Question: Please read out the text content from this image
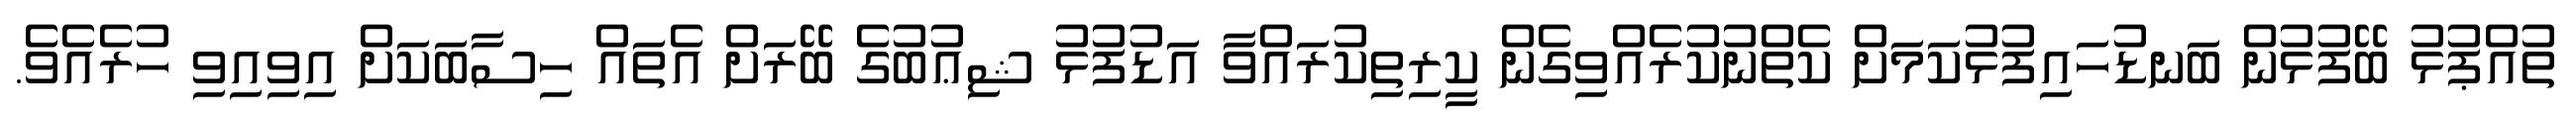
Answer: ތުއްޕުޅު ބޭފުޅުން ބަނޑުހައިފުޅުކަމަށް ކެތްނުކުރެއްވިގެން ކީރިތިކުރައްވާ އަޑުފުޅު ޝިޢުބުގެ ބޭރަށް އެތައް ހިސާބަކަށް އިވިއިވި ހުރެއެވެ.